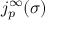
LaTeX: j _ { p } ^ { \infty } ( \sigma )